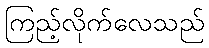
ကြည့်လိုက်လေသည်